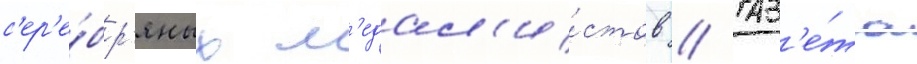
с'ер'е́бр'яных м'едал'и́стов // Газ'е́та